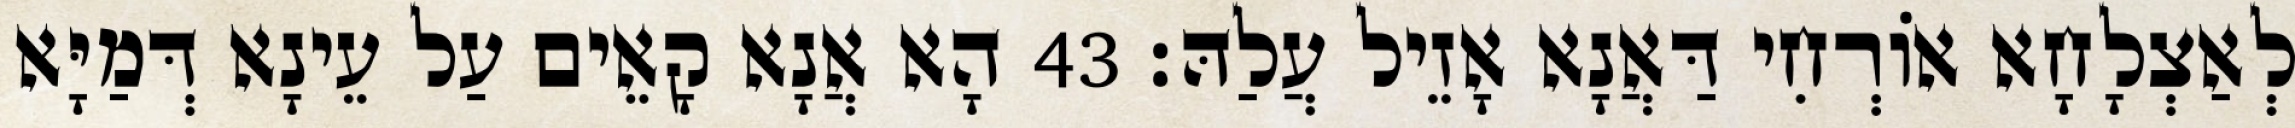
לְאַצְלָחָא אוֹרְחִי דַּאֲנָא אָזֵיל עֲלַהּ׃ 43 הָא אֲנָא קָאֵים עַל עֵינָא דְּמַיָּא